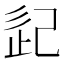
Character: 𢀽